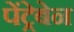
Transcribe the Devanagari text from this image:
पेंट्रेबेन